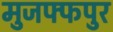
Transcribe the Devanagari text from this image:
मुजफ्फपुर